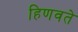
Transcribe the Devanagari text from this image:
हिणवते